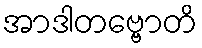
အာဒါတဗ္ဗောတိ